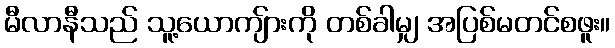
မီလာနီသည် သူ့ယောကျ်ားကို တစ်ခါမျှ အပြစ်မတင်စဖူး။